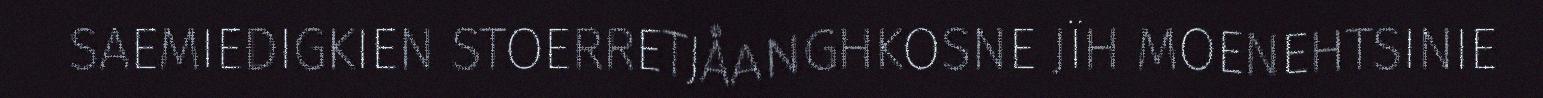
SAEMIEDIGKIEN STOERRETJÅANGHKOSNE JÏH MOENEHTSINIE